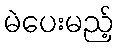
မဲပေးမည့်